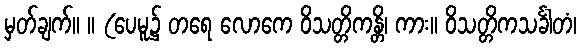
မှတ်ချက်။ ။ (ပေမူ၌ တရေ လောကေ ဝိသတ္တိကန္တိ၊ ကား။ ဝိသတ္တိကသင်္ခါတံ၊